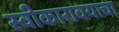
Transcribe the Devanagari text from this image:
स्वीकारावयाचा